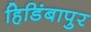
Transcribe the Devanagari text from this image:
हिडिंबापुर